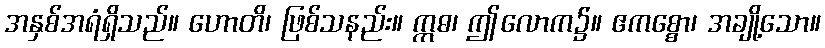
အနှစ်အရံရှိသည်။ ဟောတိ၊ ဖြစ်သနည်း။ ဣဓ၊ ဤလောက၌။ ဧကစ္စော၊ အချို့သော။